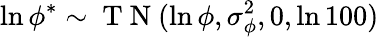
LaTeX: \ln\phi^{*}\sim\mathrm{~T~N~}(\ln\phi,\sigma_{\phi}^{2},0,\ln 100)